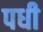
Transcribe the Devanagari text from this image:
पधी